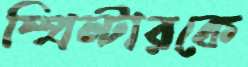
স্প্রিন্টারকে